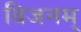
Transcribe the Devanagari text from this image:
विजनम्